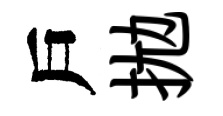
戶拋